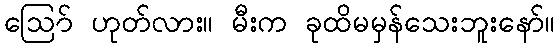
ဪ ဟုတ်လား။ မီးက ခုထိမမှန်သေးဘူးနော်။